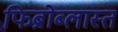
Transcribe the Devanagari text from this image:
फिब्रोब्लास्त